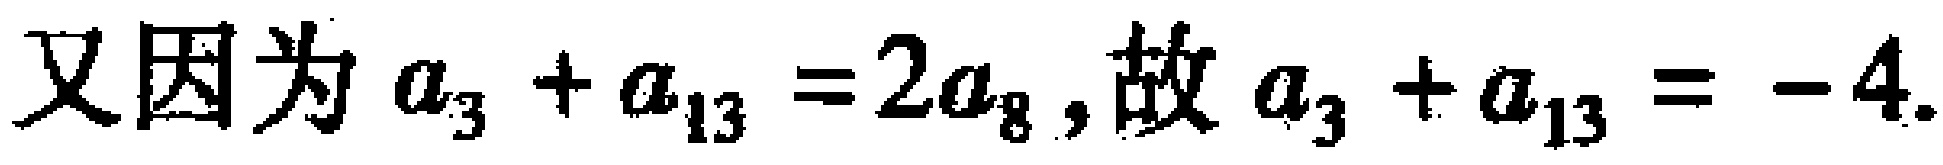
又因为 \(a_{3}+a_{13}=2a_{8}\),故 \(a_{3}+a_{13}=-4\).